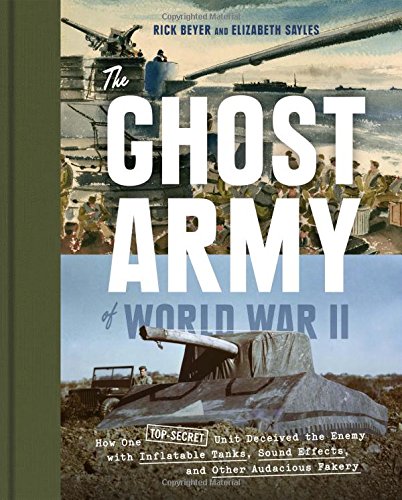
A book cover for The Ghost Army of World War II: How One Top-Secret Unit Deceived the Enemy with Inflatable Tanks, Sound Effects, and Other Audacious Fakery; Rick Beyer; History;